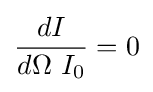
{\frac {dI}{d\Omega \ I_{0}}}=0